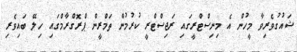
ޝައުގުވެރިވާ މީހުން އެ މިނިސްޓްރީގައި ރަޖިސްޓްރީ ކުރުމުން ތަމްރީން ޕްރޮގްރާމްގައި ހިލޭ ބައިވެރި